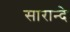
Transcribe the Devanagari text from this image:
सारान्दे